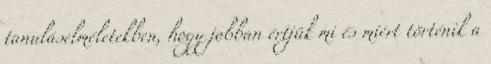
tanuláselméletekben, hogy jobban értjük mi és miért történik a